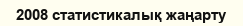
2008 статистикалық жаңарту